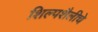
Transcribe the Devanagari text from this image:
शिल्पशैलीचे